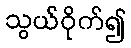
သွယ်ဝိုက်၍